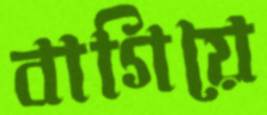
বাগিয়ে